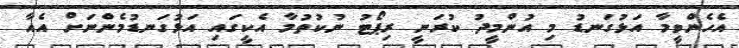
އެހެންވީމާ އަޅުގަނޑު މި އުންމީދު ކުރަނީ ރިޕޯޓު ނުކުތުމާ އެކީގައި އަޅުގަނޑުމެންނަށް އެއާ